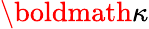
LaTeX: \boldmath{\kappa}